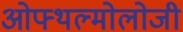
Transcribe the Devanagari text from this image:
ओफ्थल्मोलोजी